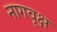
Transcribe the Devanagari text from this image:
नागवृक्ष